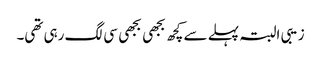
زیبی البتہ پہلے سے کچھ بجھی بجھی سی لگ رہی تھی۔